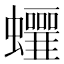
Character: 𧕁